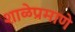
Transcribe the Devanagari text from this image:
शाळेप्रमाणे